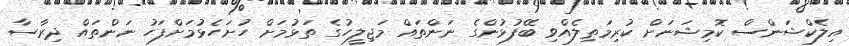
އިލެކްޝަންސް ކޮމިޝަނަށް ކުރިމަތިލެއްވި ބޭފުޅުންގެ ނަންތައް މަޖިލީހުގެ ތަޅުމަށް ހުށަހެޅުމަށްފަހު ނަންތައް ދިރާސާ